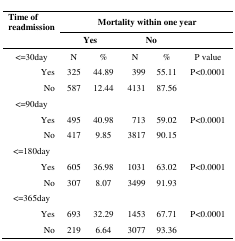
<table><thead><tr><td rowspan="2"><b>Time of readmission</b></td><td colspan="5"><b>Mortality within one year</b></td></tr><tr><td colspan="2"><b> Yes</b></td><td colspan="2"><b> No</b></td><td></td></tr></thead><tbody><tr><td>&lt;=30day</td><td>N</td><td>%</td><td>N</td><td>%</td><td>P value</td></tr><tr><td> Yes</td><td>325</td><td>44.89</td><td>399</td><td>55.11</td><td>P&lt;0.0001</td></tr><tr><td> No</td><td>587</td><td>12.44</td><td>4131</td><td>87.56</td><td></td></tr><tr><td colspan="6">&lt;=90day</td></tr><tr><td> Yes</td><td>495</td><td>40.98</td><td>713</td><td>59.02</td><td>P&lt;0.0001</td></tr><tr><td> No</td><td>417</td><td>9.85</td><td>3817</td><td>90.15</td><td></td></tr><tr><td colspan="6">&lt;=180day</td></tr><tr><td> Yes</td><td>605</td><td>36.98</td><td>1031</td><td>63.02</td><td>P&lt;0.0001</td></tr><tr><td> No</td><td>307</td><td>8.07</td><td>3499</td><td>91.93</td><td></td></tr><tr><td colspan="6">&lt;=365day</td></tr><tr><td> Yes</td><td>693</td><td>32.29</td><td>1453</td><td>67.71</td><td>P&lt;0.0001</td></tr><tr><td> No</td><td>219</td><td>6.64</td><td>3077</td><td>93.36</td><td></td></tr></tbody></table>